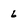
Character: 6